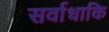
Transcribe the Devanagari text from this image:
सर्वाधाकि